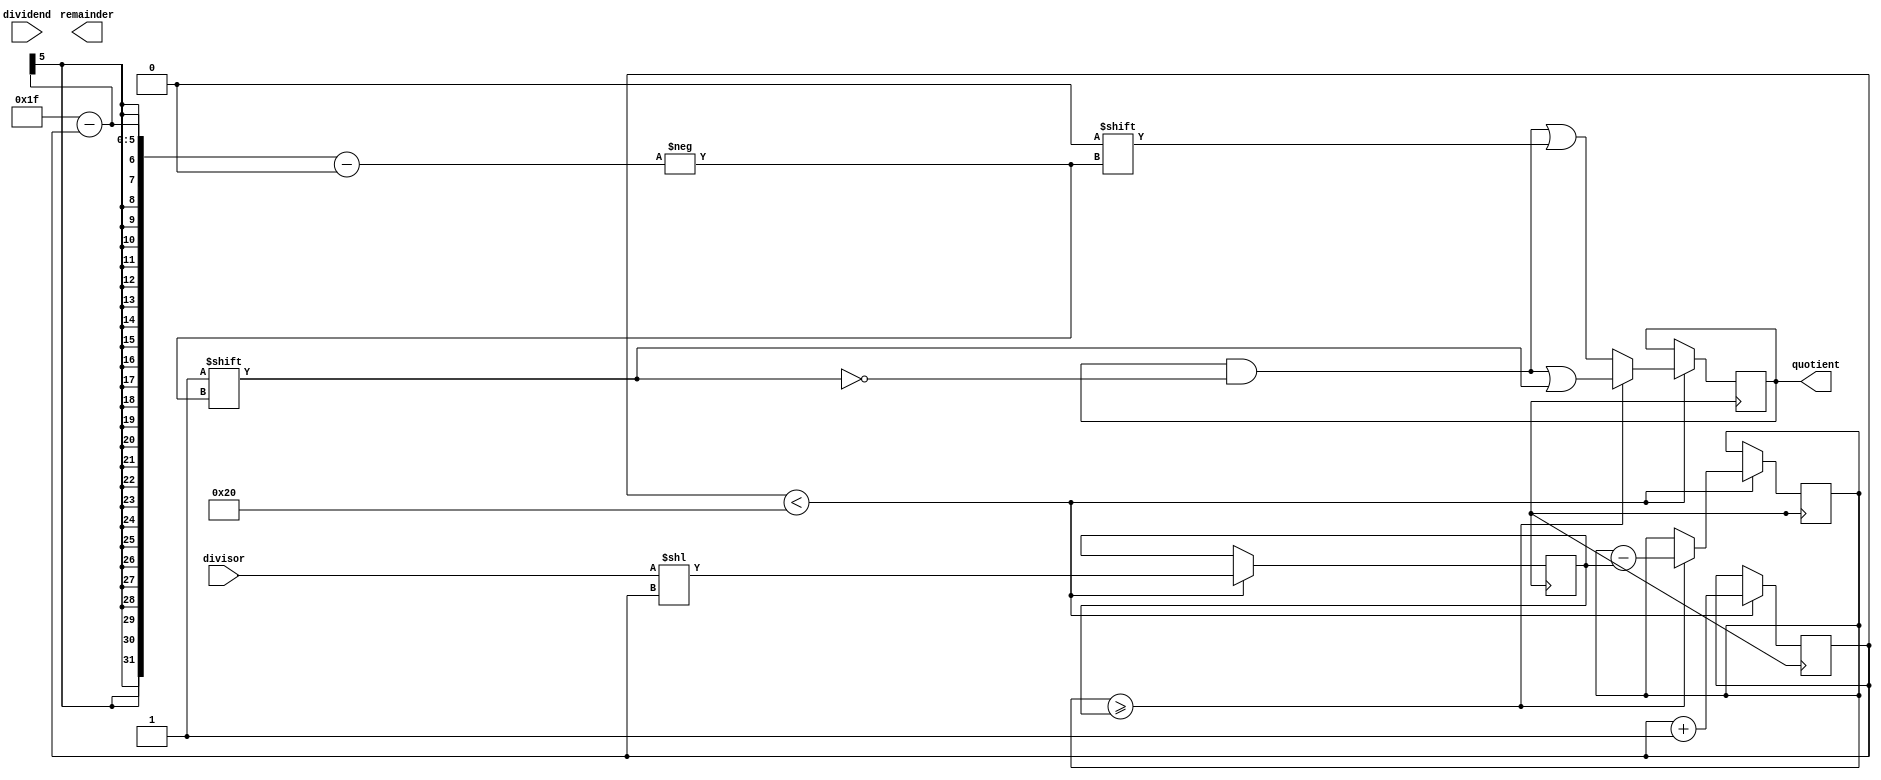
module Radix2SRTDivider(
    input [31:0] dividend,
    input [31:0] divisor,
    output reg [31:0] quotient,
    output reg [31:0] remainder
);

reg [31:0] partial_remainder;
reg [31:0] shifted_divisor;
reg [4:0] iteration;

always @ (posedge clk) begin
    if (iteration < 32)
    begin
        shifted_divisor <= divisor << iteration;
        if (partial_remainder >= shifted_divisor) begin
            partial_remainder <= partial_remainder - shifted_divisor;
            quotient[31-iteration] <= 1;
        end
        else begin
            quotient[31-iteration] <= 0;
        end
        iteration <= iteration + 1;
    end
end

endmodule